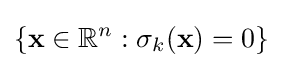
\left\{\mathbf {x} \in \mathbb {R} ^{n}:\sigma _{k}(\mathbf {x} )=0\right\}